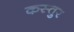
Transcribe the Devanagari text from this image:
कस्तुर